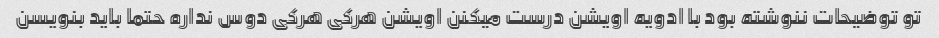
تو توضیحات ننوشته بود با ادویه اویشن درست میکنن اویشن هرکی هرکی دوس نداره حتما باید بنویسن